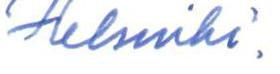
Helsinki.